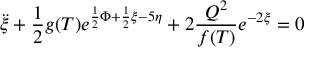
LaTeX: \ddot { \xi } + \frac { 1 } { 2 } g ( T ) e ^ { \frac { 1 } { 2 } \Phi + \frac { 1 } { 2 } \xi - 5 \eta } + 2 \frac { Q ^ { 2 } } { f ( T ) } e ^ { - 2 \xi } = 0